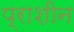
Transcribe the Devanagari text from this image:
प्राशीन